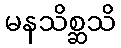
မနသိစ္ဆသိ